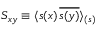
S _ { x y } \equiv \langle s ( x ) \, { \overline { { s ( y ) } } } \rangle _ { ( s ) }